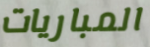
المباريات